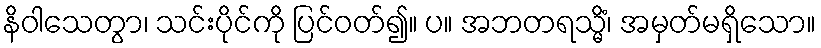
နိဝါသေတွာ၊ သင်းပိုင်ကို ပြင်ဝတ်၍။ ပ။ အဘတရသ္မိံ၊ အမှတ်မရှိသော။